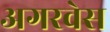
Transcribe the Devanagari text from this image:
अगरवेस